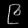
Digit: ၉